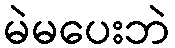
မဲမပေးဘဲ